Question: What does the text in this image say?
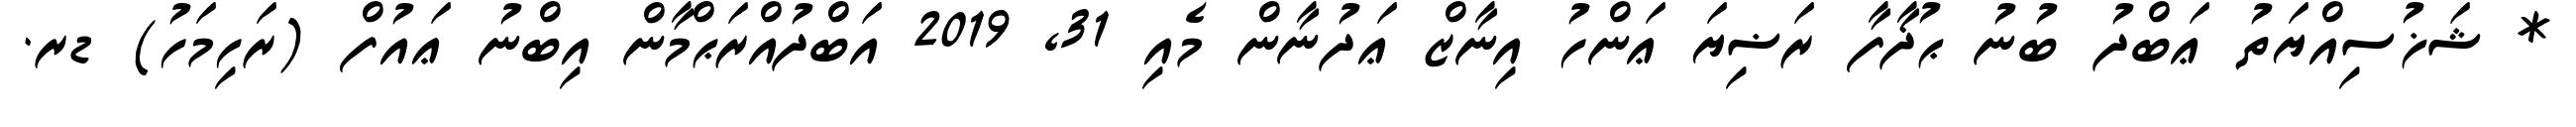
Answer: * ޝަޚުސިއްޔަތު ޢަބްދު ބުނު ޙުޛާފާ ރަޟިޔަ ޢަންހު އިނާޒް ޢަދުނާން މެއި 31, 2019 އަބްދުއްރަޙްމާން އިބްނު ޢައުފް (ރަހިމަހު) ޑރ.